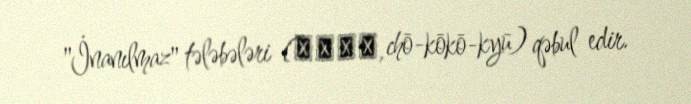
"İnanılmaz" tələbələri (超高校級, chō-kōkō-kyū) qəbul edir.